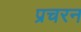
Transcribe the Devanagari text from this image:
प्रचरन